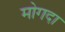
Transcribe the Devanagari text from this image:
मोगदा